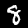
Label: 8